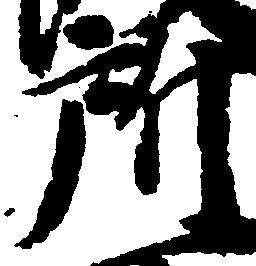
所